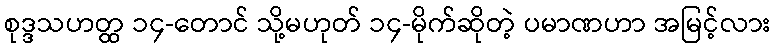
စုဒ္ဒသဟတ္ထ ၁၄-တောင် သို့မဟုတ် ၁၄-မိုက်ဆိုတဲ့ ပမာဏဟာ အမြင့်လား